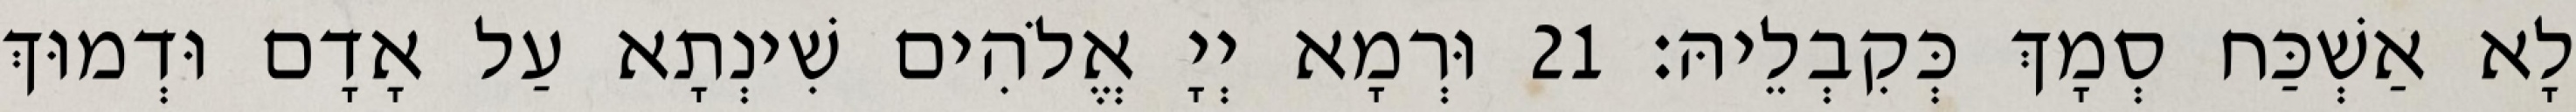
לָא אַשְׁכַּח סְמָךְ כְּקִבְלֵיהּ׃ 21 וּרְמָא יְיָ אֱלֹהִים שִׁינְתָא עַל אָדָם וּדְמוּךְ